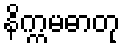
နိက္ကမဓာတု